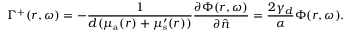
\Gamma ^ { + } ( r , \omega ) = - \frac { 1 } { { d } ( \mu _ { { \mathrm a } } ( r ) + \mu _ { \mathrm { s } } ^ { \prime } ( r ) ) } \frac { \partial \Phi ( r , \omega ) } { \partial \hat { n } } = \frac { 2 \gamma _ { d } } { \alpha } \Phi ( r , \omega ) .